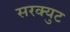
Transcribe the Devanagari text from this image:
सरक्युट